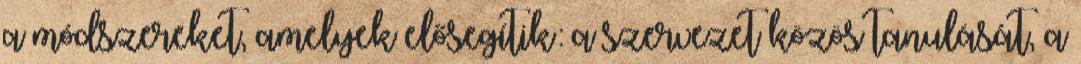
a módszereket, amelyek elősegítik: a szervezet közös tanulását, a